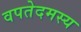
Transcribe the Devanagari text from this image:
वपतेदमस्य